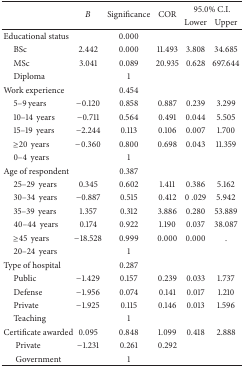
<table><thead><tr><td rowspan="2"><b> </b></td><td rowspan="2"><b><i>B</i></b></td><td rowspan="2"><b>Significance</b></td><td rowspan="2"><b>COR</b></td><td colspan="2"><b>95.0% C.I.</b></td></tr><tr><td><b>Lower</b></td><td><b>Upper</b></td></tr></thead><tbody><tr><td>Educational status</td><td> </td><td>0.000</td><td> </td><td> </td><td> </td></tr><tr><td> BSc</td><td>2.442</td><td>0.000</td><td>11.493</td><td>3.808</td><td>34.685</td></tr><tr><td> MSc</td><td>3.041</td><td>0.089</td><td>20.935</td><td>0.628</td><td>697.644</td></tr><tr><td> Diploma</td><td> </td><td>1</td><td> </td><td> </td><td> </td></tr><tr><td>Work experience</td><td> </td><td>0.454</td><td> </td><td> </td><td> </td></tr><tr><td> 5–9 years</td><td>−0.120</td><td>0.858</td><td>0.887</td><td>0.239</td><td>3.299</td></tr><tr><td> 10–14years</td><td>−0.711</td><td>0.564</td><td>0.491</td><td>0.044</td><td>5.505</td></tr><tr><td> 15–19years</td><td>−2.244</td><td>0.113</td><td>0.106</td><td>0.007</td><td>1.700</td></tr><tr><td> ≥20years</td><td>−0.360</td><td>0.800</td><td>0.698</td><td>0.043</td><td>11.359</td></tr><tr><td> 0–4years</td><td> </td><td>1</td><td> </td><td> </td><td> </td></tr><tr><td>Age of respondent</td><td> </td><td>0.387</td><td> </td><td> </td><td> </td></tr><tr><td> 25–29years</td><td>0.345</td><td>0.602</td><td>1.411</td><td>0.386</td><td>5.162</td></tr><tr><td> 30–34years</td><td>−0.887</td><td>0.515</td><td>0.412</td><td> 0 .029</td><td>5.942</td></tr><tr><td> 35–39years</td><td>1.357</td><td>0.312</td><td>3.886</td><td>0.280</td><td>53.889</td></tr><tr><td> 40–44years</td><td>0.174</td><td>0.922</td><td>1.190</td><td>0.037</td><td>38.087</td></tr><tr><td> ≥45years</td><td>−18.528</td><td>0.999</td><td>0.000</td><td>0.000</td><td>.</td></tr><tr><td> 20–24years</td><td> </td><td>1</td><td> </td><td> </td><td> </td></tr><tr><td>Type of hospital</td><td> </td><td>0.287</td><td> </td><td> </td><td> </td></tr><tr><td> Public </td><td>−1.429</td><td>0.157</td><td>0.239</td><td>0.033</td><td>1.737</td></tr><tr><td> Defense </td><td>−1.956</td><td>0.074</td><td>0.141</td><td>0.017</td><td>1.210</td></tr><tr><td> Private </td><td>−1.925</td><td>0.115</td><td>0.146</td><td>0.013</td><td>1.596</td></tr><tr><td> Teaching </td><td> </td><td>1</td><td> </td><td> </td><td> </td></tr><tr><td>Certificate awarded </td><td>0.095</td><td>0.848</td><td>1.099</td><td>0.418</td><td>2.888</td></tr><tr><td>Private </td><td>−1.231</td><td>0.261</td><td>0.292</td><td> </td><td> </td></tr><tr><td>Government </td><td> </td><td>1</td><td> </td><td> </td><td> </td></tr></tbody></table>